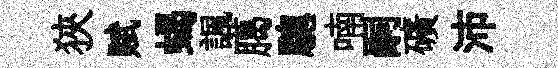
狹赋蝎諷臈驄喃嗣礦沛